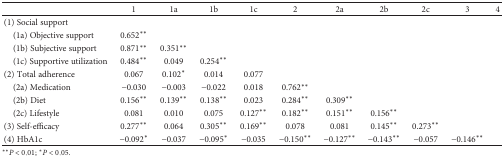
<table><thead><tr><td></td><td><b>1</b></td><td><b>1a</b></td><td><b>1b</b></td><td><b>1c</b></td><td><b>2</b></td><td><b>2a</b></td><td><b>2b</b></td><td><b>2c</b></td><td><b>3</b></td><td><b>4</b></td></tr></thead><tbody><tr><td>(1) Social support</td><td></td><td></td><td></td><td></td><td></td><td></td><td></td><td></td><td></td><td></td></tr><tr><td> (1a) Objective support</td><td>0.652<sup>∗∗</sup></td><td></td><td></td><td></td><td></td><td></td><td></td><td></td><td></td><td></td></tr><tr><td> (1b) Subjective support</td><td>0.871<sup>∗∗</sup></td><td>0.351<sup>∗∗</sup></td><td></td><td></td><td></td><td></td><td></td><td></td><td></td><td></td></tr><tr><td> (1c) Supportive utilization</td><td>0.484<sup>∗∗</sup></td><td>0.049</td><td>0.254<sup>∗∗</sup></td><td></td><td></td><td></td><td></td><td></td><td></td><td></td></tr><tr><td>(2) Total adherence</td><td>0.067</td><td>0.102<sup>∗</sup></td><td>0.014</td><td>0.077</td><td></td><td></td><td></td><td></td><td></td><td></td></tr><tr><td> (2a) Medication</td><td>−0.030</td><td>−0.003</td><td>−0.022</td><td>0.018</td><td>0.762<sup>∗∗</sup></td><td></td><td></td><td></td><td></td><td></td></tr><tr><td> (2b) Diet</td><td>0.156<sup>∗∗</sup></td><td>0.139<sup>∗∗</sup></td><td>0.138<sup>∗∗</sup></td><td>0.023</td><td>0.284<sup>∗∗</sup></td><td>0.309<sup>∗∗</sup></td><td></td><td></td><td></td><td></td></tr><tr><td> (2c) Lifestyle</td><td>0.081</td><td>0.010</td><td>0.075</td><td>0.127<sup>∗∗</sup></td><td>0.182<sup>∗∗</sup></td><td>0.151<sup>∗∗</sup></td><td>0.156<sup>∗∗</sup></td><td></td><td></td><td></td></tr><tr><td>(3) Self-efficacy</td><td>0.277<sup>∗∗</sup></td><td>0.064</td><td>0.305<sup>∗∗</sup></td><td>0.169<sup>∗∗</sup></td><td>0.078</td><td>0.081</td><td>0.145<sup>∗∗</sup></td><td>0.273<sup>∗∗</sup></td><td></td><td></td></tr><tr><td>(4) HbA1c</td><td>−0.092<sup>∗</sup></td><td>−0.037</td><td>−0.095<sup>∗</sup></td><td>−0.035</td><td>−0.150<sup>∗∗</sup></td><td>−0.127<sup>∗∗</sup></td><td>−0.143<sup>∗∗</sup></td><td>−0.057</td><td>−0.146<sup>∗∗</sup></td><td></td></tr></tbody></table>